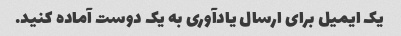
یک ایمیل برای ارسال یادآوری به یک دوست آماده کنید.